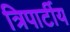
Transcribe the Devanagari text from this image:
त्रिपार्टीय